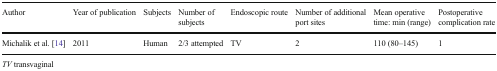
<table><thead><tr><td><b>Author</b></td><td><b>Year of publication</b></td><td><b>Subjects</b></td><td><b>Number of subjects</b></td><td><b>Endoscopic route</b></td><td><b>Number of additional port sites</b></td><td><b>Mean operative time: min (range)</b></td><td><b>Postoperative complication rate</b></td></tr></thead><tbody><tr><td>Michalik et al. [14]</td><td>2011</td><td>Human</td><td>2/3 attempted</td><td>TV</td><td>2</td><td>110 (80–145)</td><td>1</td></tr></tbody></table>